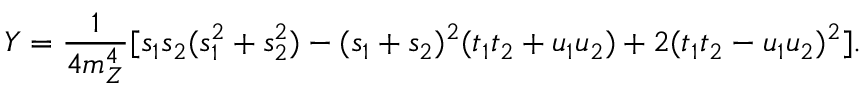
Y = \frac { 1 } { 4 m _ { Z } ^ { 4 } } [ s _ { 1 } s _ { 2 } ( s _ { 1 } ^ { 2 } + s _ { 2 } ^ { 2 } ) - ( s _ { 1 } + s _ { 2 } ) ^ { 2 } ( t _ { 1 } t _ { 2 } + u _ { 1 } u _ { 2 } ) + 2 ( t _ { 1 } t _ { 2 } - u _ { 1 } u _ { 2 } ) ^ { 2 } ] .